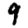
Digit: 9